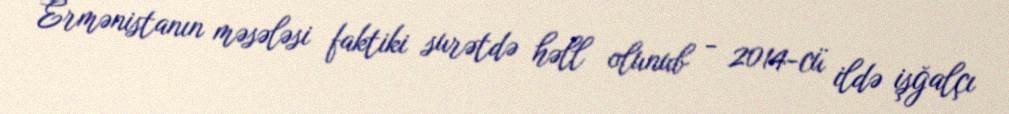
Ermənistanın məsələsi faktiki surətdə həll olunub - 2014-cü ildə işğalçı